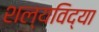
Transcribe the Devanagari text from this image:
शल्यविद्या